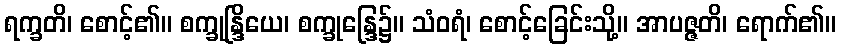
ရက္ခတိ၊ စောင့်၏။ စက္ခုန္ဒြိယေ၊ စက္ခုန္ဒြေ၌။ သံဝရံ၊ စောင့်ခြေင်းသို့။ အာပဇ္ဇတိ၊ ရောက်၏။